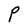
Character: P